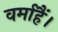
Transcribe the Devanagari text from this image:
वर्माहैं।